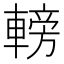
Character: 𨍩